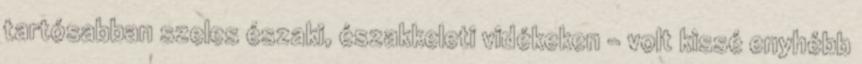
tartósabban szeles északi, északkeleti vidékeken - volt kissé enyhébb